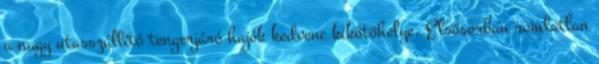
a nagy utasszállító tengerjáró hajók kedvenc kikötőhelye. Elsősorban romlatlan